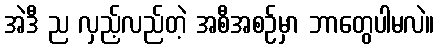
အဲဒီ ည လှည့်လည်တဲ့ အစီအစဉ်မှာ ဘာတွေပါမလဲ။